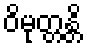
ဝိမုတ္တန္တိ